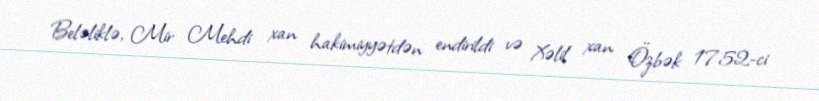
Beləliklə, Mir Mehdi xan hakimiyyətdən endirildi və Xəlil xan Özbək 1752-ci